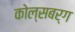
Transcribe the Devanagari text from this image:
कोल्सबर्ग